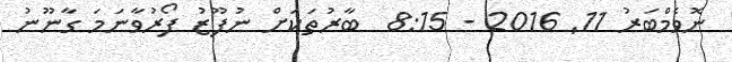
ނޮވެމްބަރު 11